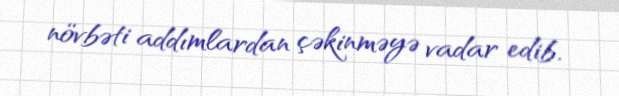
növbəti addımlardan çəkinməyə vadar edib.